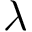
\lambda